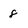
Character: 8